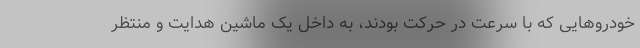
خودرو‌هایی که با سرعت در حرکت بودند، به داخل یک ماشین هدایت و منتظر